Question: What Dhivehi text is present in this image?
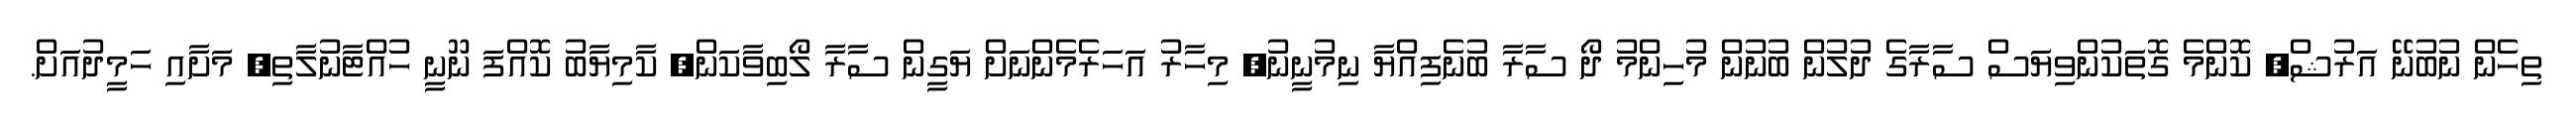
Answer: ތިހެން ނުބުނޭ އަރުޝް, ކޮންމެ ގޮތަކުންވިޔަސް ސާރާގެ ދުލުން ބުނުން މުހިންމު ދޯ ސާރާ ބުނެފިއްޔާ ނިމުނީނު, މިހާރު އަހަރެމެންނަށް ޔަގީން ސާރާ ލޯބިވާކަން, ކާމިޔާބު ކޮއްފަ ނޫނީ ހުއްޓާނުލާތި, މަށާއި ހަމީދުއަށް.